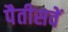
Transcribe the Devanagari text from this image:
पैतीसवें